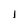
Character: l